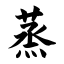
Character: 蒸